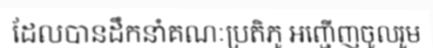
ដែលបានដឹកនាំគណៈប្រតិភូ អញ្ជើញចូលរួម